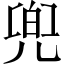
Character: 兜